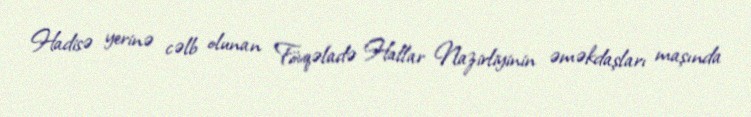
Hadisə yerinə cəlb olunan Fövqəladə Hallar Nazirliyinin əməkdaşları maşında